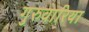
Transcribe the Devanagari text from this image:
गुरुवारिया